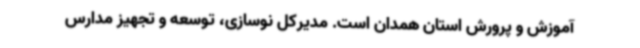
آموزش و پرورش استان همدان است. مدیرکل نوسازی، توسعه و تجهیز مدارس